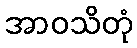
အာဝသိတုံ